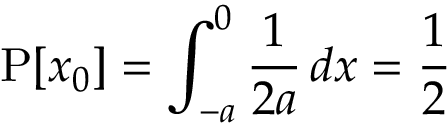
\operatorname { P } [ x _ { 0 } ] = \int _ { - a } ^ { 0 } { \frac { 1 } { 2 a } } \, d x = { \frac { 1 } { 2 } }